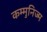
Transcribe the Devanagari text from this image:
कम्मुनिज्म